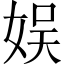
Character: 娱